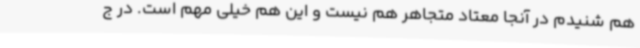
هم شنیدم در آنجا معتاد متجاهر هم نیست و این هم خیلی مهم است. در ج